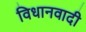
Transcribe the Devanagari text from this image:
विधानवादी